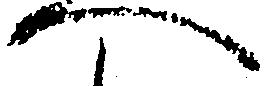
へ